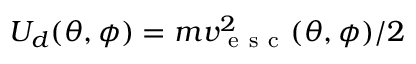
U _ { d } ( \theta , \phi ) = m v _ { \mathrm { ~ e ~ s ~ c ~ } } ^ { 2 } ( \theta , \phi ) / 2